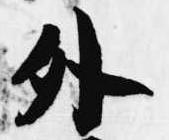
外